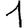
Digit: 1